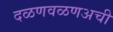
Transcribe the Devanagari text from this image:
दळणवळणअची